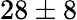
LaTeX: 28\pm 8